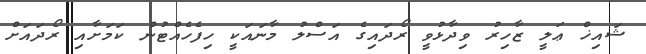
ޝައިޚް ޢަލީ ޒާހިރު ވިދާޅުވީ ރޯދައިގެ އަސްލު މާނައަކީ ހިފެހެއްޓުން ކަމަށާއި ރޯދައަށް